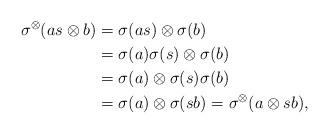
LaTeX: \begin{align*}\sigma^\otimes(as \otimes b) &= \sigma(as) \otimes \sigma(b) \\&= \sigma(a)\sigma(s) \otimes \sigma(b) \\&= \sigma(a) \otimes \sigma(s) \sigma(b) \\&= \sigma(a) \otimes \sigma(sb) = \sigma^\otimes(a \otimes sb),\end{align*}